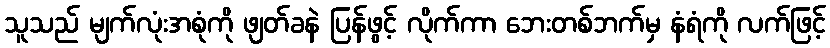
သူသည် မျက်လုံးအစုံကို ဖျတ်ခနဲ ပြန်ဖွင့် လိုက်ကာ ဘေးတစ်ဘက်မှ နံရံကို လက်ဖြင့်